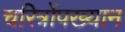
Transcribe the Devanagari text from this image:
चरित्रोंपख्यान